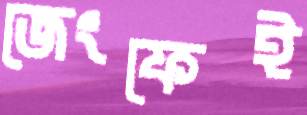
জেংফেই